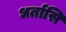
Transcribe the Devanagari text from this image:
धर्तासि